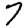
Digit: 7